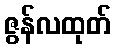
ဇွန်လထုတ်